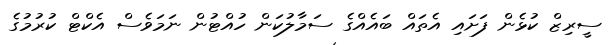
ސީރިޒް ކުޅެން ފަށައި އެތައް ބައެއްގެ ސަމާލުކަން ހުއްޓުން ނަމަވެސް އެކްޓް ކުރުމުގެ